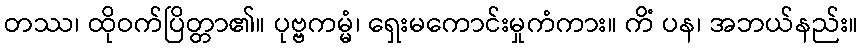
တဿ၊ ထိုဝက်ပြိတ္တာ၏။ ပုဗ္ဗကမ္မံ၊ ရှေးမကောင်းမှုကံကား။ ကိံ ပန၊ အဘယ်နည်း။